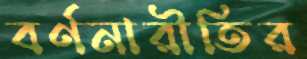
বর্ণনারীতির